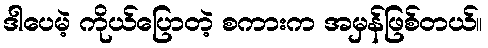
ဒါပေမဲ့ ကိုယ်ပြောတဲ့ စကားက အမှန်ဖြစ်တယ်။